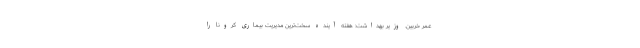
عمر خربین. وزیر بهداشت: هفته آینده سخت‌ترین مدیریت بیماری کرونا را